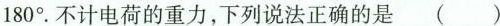
180°。不计电荷的重力，下列说法正确的是 ( )